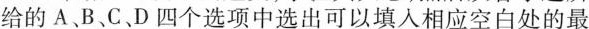
给的 A、B、C、D 四个选项中选出可以填入相应空白处的最